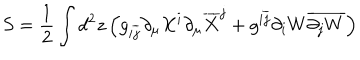
LaTeX: S = \frac { 1 } { 2 } \int d ^ { 2 } z \left( g _ { i \overline { { { j } } } } \partial _ { \mu } X ^ { i } \partial _ { \mu } \overline { { { X } } } ^ { j } + g ^ { i \overline { { { j } } } } \partial _ { i } W \overline { { { \partial _ { j } W } } } \right)